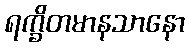
ရက္ခိတမာနသာနော